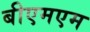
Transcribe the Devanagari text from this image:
बीएमएम